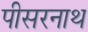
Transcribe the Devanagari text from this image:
पीसरनाथ